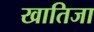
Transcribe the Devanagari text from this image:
खातिजा